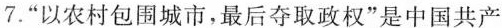
7.”以农村包围城市，最后夺取政权”是中国共产